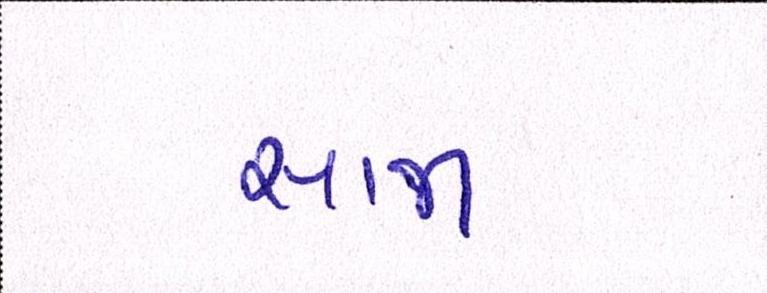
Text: સાજા